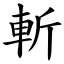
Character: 斬